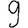
Digit: 9